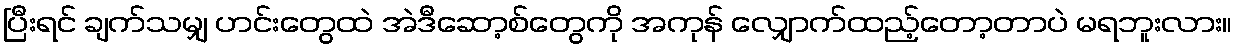
ပြီးရင် ချက်သမျှ ဟင်းတွေထဲ အဲဒီဆော့စ်တွေကို အကုန် လျှောက်ထည့်တော့တာပဲ မရဘူးလား။